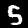
Label: 5